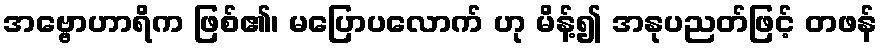
အဗ္ဗောဟာရိက ဖြစ်၏၊ မပြောပလောက် ဟု မိန့်၍ အနုပညတ်ဖြင့် တဖန်